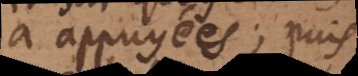
a appuyées; puis